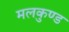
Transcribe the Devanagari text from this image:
मलकुण्ड